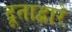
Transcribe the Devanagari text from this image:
दूताद्वारे